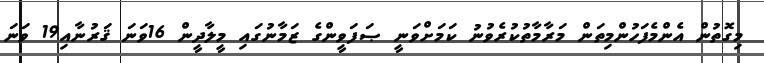
މިގޮތުން އެންމެފަހުންމިތަން މަރާމާތުކުރެވުނު ކަމަށްވަނީ ޞަފަވީންގެ ޒަމާނުގައި މީލާދީން 16ވަނަ ޤަރުނާއި19 ވަނަ